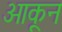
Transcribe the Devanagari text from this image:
ओकून